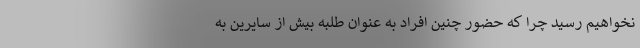
نخواهیم رسید چرا که حضور چنین افراد به عنوان طلبه بیش از سایرین به